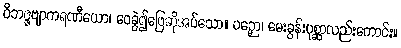
ဝိဘဇ္ဇဗျာကရဏီယော၊ ဝေခွဲ၍ဖြေဆိုအပ်သော။ ပဉှော၊ မေးခွန်းပုစ္ဆာလည်းကောင်း။